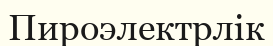
Пироэлектрлік